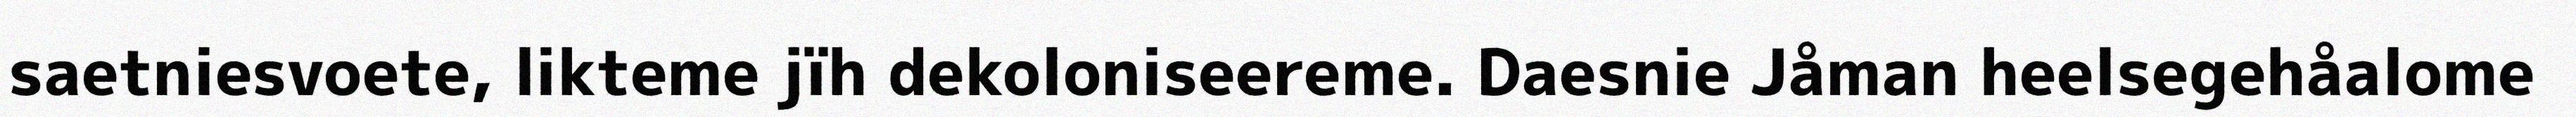
saetniesvoete, likteme jïh dekoloniseereme. Daesnie Jåman heelsegehåalome